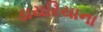
ડાયરિયાના